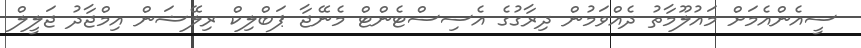
ސީއެންއެމަށް މައުލޫމާތު ދެއްވަމުން ދިރާގުގެ އެސިސްޓެންޓް މެނޭޖާ ޕަބްލިކް ރިލޭޝަން އިމްޖާދު ޖަލީލް